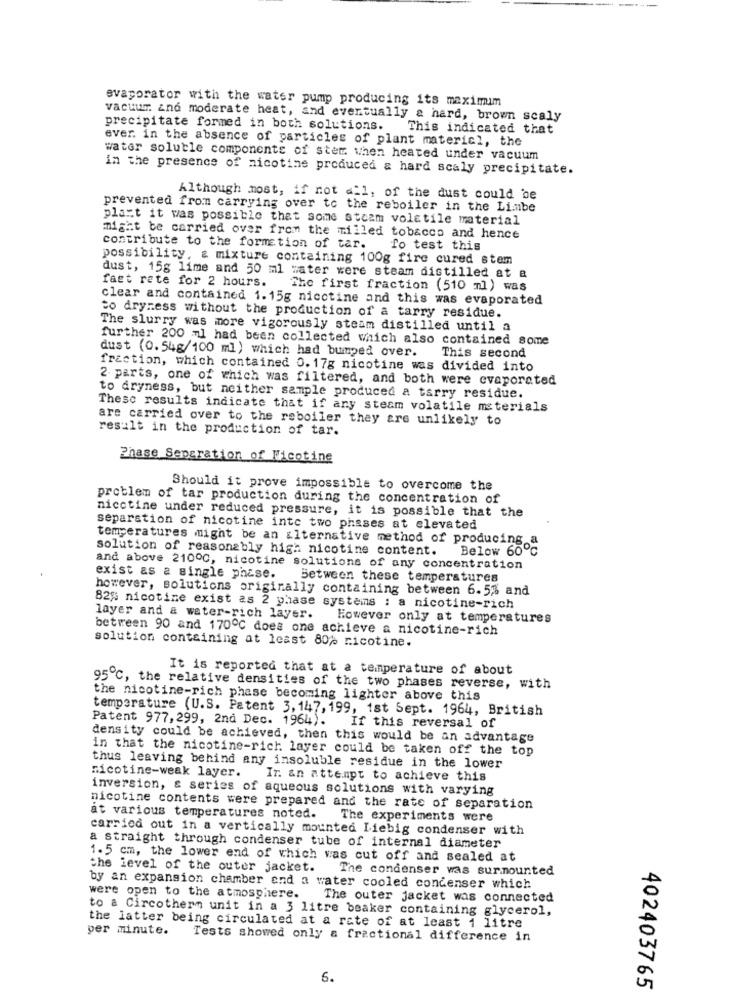
evaporator with the water pump producing its maximum
vacuum and moderate heat, and eventually & hard, brown scaly
precipitate formed in both solutions.
This indicated that
ever. in the absence of particles of plant materici, the
water soluble components of ster when heated under vacuum
in the presence of nicotine produced & hard scaly precipitate.
Although most, if not all, of the dust could be
prevented from carrying over to the reboiler in the Limbe
plast it was possible that some steam volatile material
might be carried over from the milled tobacco and hence
contribute to the formation of tar.
fo test this
possibility, a mixture containing 100g fire cured stem
dust, 15g lime and 50 ml water were steam distilled at a
fast rate for 2 hours.
The first fraction (510 ml) was
clear and contained 1.15g nicotine and this was evaporated
to dryness without the production of a tarry residue.
The slurry was more vigorously steam distilled until a
further 200 ml had been collected which also contained some
dust (0.54g/100 ml) which had bumped over.
This second
fraction, which contained 0.17g nicotine was divided into
2. parts, one of which was filtered, and both were evaporated
to dryness, but neither sample produced a tarry residue.
These results indicate that if any steam volatile materials
are carried over to the reboiler they are unlikely to
result in the production of tar.
Phase Separation of Nicotine
Should it prove impossible to overcome the
problem of tar production during the concentration of
nicotine under reduced pressure, it is possible that the
separation of nicotine into two phases at elevated
temperatures might be an alternative method of producing a
solution of reasonably high nicotine content.
Below 60℃
and above 2100℃, nicotine solutions of any concentration
exist as a single phase.
Between these temperatures
however, solutions originally containing between 6.5% and
82% nicotine exist as 2 phase systems : a nicotine-rich
layer and a water-rich layer.
However only at temperatures
between 90 and 170℃ does one achieve a nicotine-rich
solution containing at least 80% nicotine.
It is reported that at a temperature of about
95℃, the relative densities of the two phases reverse, with
the nicotine-rich phase becoming lighter above this
temperature (U.S. Patent 3,147, 199, ist Sept. 1964, British
Patent 977, 299, 2nd Dec. 1964). If this reversal of
density could be achieved, then this would be an advantage
in that the nicotine-rich layer could be taken off the top
thus leaving behind any insoluble residue in the lower
nicotine-weak layer.
Ir. an attempt to achieve this
inversion, & series of aqueous solutions with varying
nicotine contents were prepared and the rate of separation
at various temperatures noted. The experiments were
carried out in a vertically mounted Liebig condenser with
a straight through condenser tube of internal diameter
1.5 cm, the lower end of which was cut off and sealed at
the level of the outer jacket. The condenser was surmounted
by an expansion chamber and a water cooled condenser which
were open to the atmosphere. The outer jacket was connected
to a Circotherm unit in a 3 litre beaker containing glycerol,
per minute.
the latter being circulated at a rate of at least 1 litre
Tests showed only a fractional difference in
6.
402403765